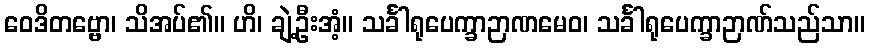
ဝေဒိတဗ္ဗော၊ သိအပ်၏။ ဟိ၊ ချဲ့ဦးအံ့။ သင်္ခါရုပေက္ခာဉာဏမေဝ၊ သင်္ခါရုပေက္ခာဉာဏ်သည်သာ။